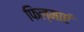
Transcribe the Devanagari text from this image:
फिल्माएं